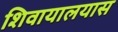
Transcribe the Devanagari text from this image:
शिवायालयास